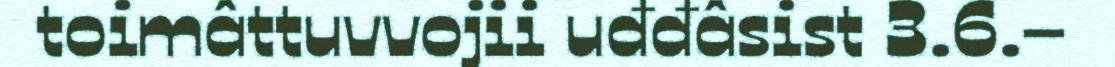
toimâttuvvojii uđđâsist 3.6.–